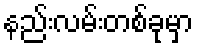
နည်းလမ်းတစ်ခုမှာ